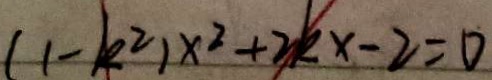
( 1 - k ^ { 2 } ) x ^ { 2 } + 2 k x - 2 = 0